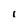
Character: l